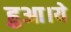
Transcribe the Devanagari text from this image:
हुआ।ये